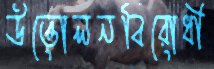
উত্তোলনবিরোধী